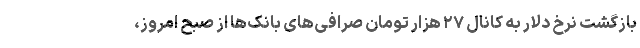
بازگشت نرخ دلار به کانال ۲۷ هزار تومان صرافی‌های بانک‌ها از صبح امروز،